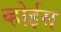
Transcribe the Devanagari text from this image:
व्होईस